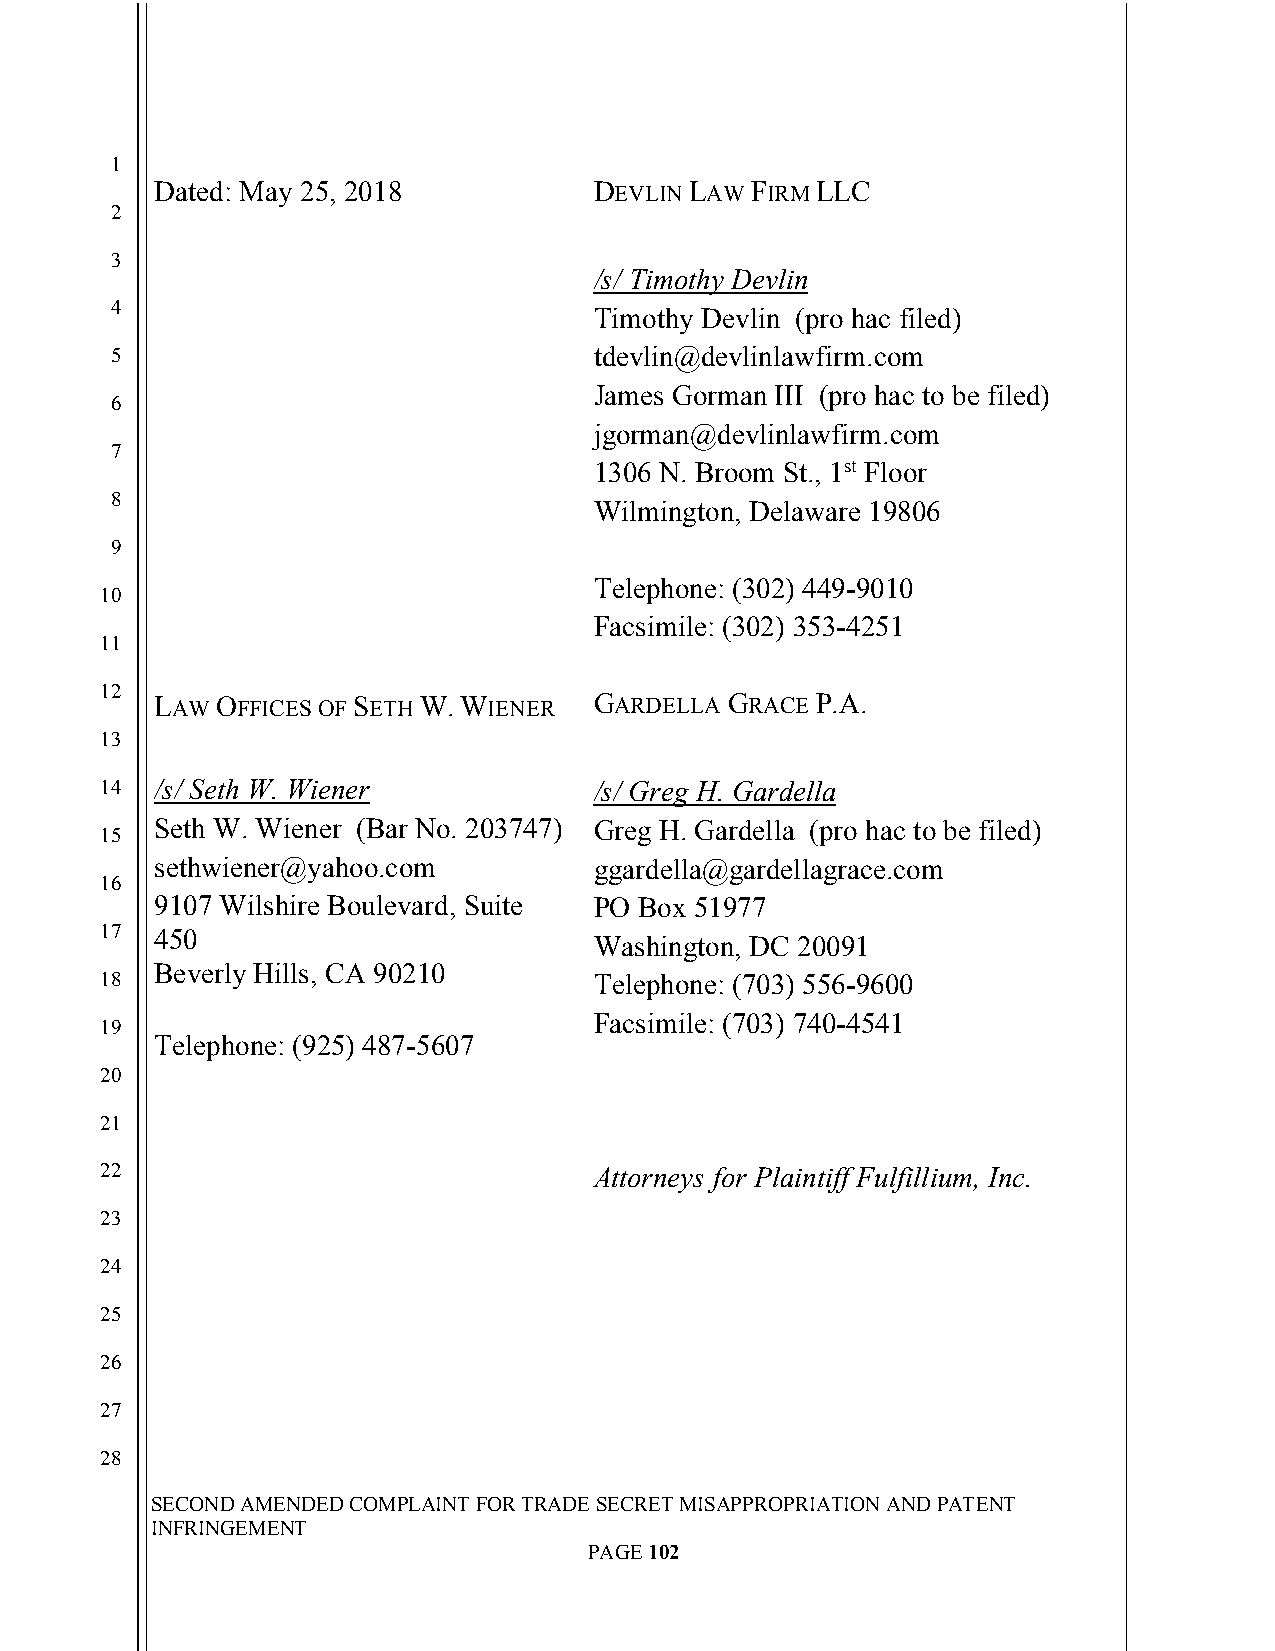
`
 1
 Dated: May 25, 2018          DEVLIN LAW FIRM LLC
 2
 3
 /s/ Timothy Devlin
 4
 Timothy Devlin (pro hac filed)
 5                               tdevlin@devlinlawfirm.com
 James Gorman III (pro hac to be filed)
 6
 jgorman@devlinlawfirm.com
 7
 1306 N. Broom St., 1st Floor
 8
 Wilmington, Delaware 19806
 9
 Telephone: (302) 449-9010
 10
 Facsimile: (302) 353-4251
 11
 12
 LAW OFFICES OF SETH W. WIENER GARDELLA GRACE P.A.
 13
 14 /s/ Seth W. Wiener           /s/ Greg H. Gardella
 Seth W. Wiener (Bar No. 203747) Greg H. Gardella (pro hac to be filed)
 15
 sethwiener@yahoo.com         ggardella@gardellagrace.com
 16
 9107 Wilshire Boulevard, Suite PO Box 51977
 17 450
 Washington, DC 20091
 Beverly Hills, CA 90210
 18                              Telephone: (703) 556-9600
 Facsimile: (703) 740-4541
 19
 Telephone: (925) 487-5607
 20
 21
 22                              Attorneys for Plaintiff Fulfillium, Inc.
 23
 24
 25
 26
 27
 28
 SECOND AMENDED COMPLAINT FOR TRADE SECRET MISAPPROPRIATION AND PATENT
 INFRINGEMENT
 PAGE 102